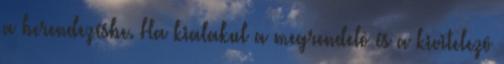
a berendezésbe. Ha kialakul a megrendelô és a kivitelezô